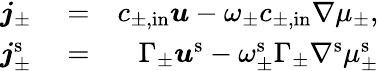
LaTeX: \begin{array}{rlr}{\boldsymbol{j}_{\pm}}&{{}=}&{c_{\pm,\mathrm{in}}\boldsymbol{u}-\omega_{\pm}c_{\pm,\mathrm{in}}\nabla\mu_{\pm},}\\ {\boldsymbol{j}_{\pm}^{\mathrm{s}}}&{{}=}&{\Gamma_{\pm}\boldsymbol{u}^{\mathrm{s}}-\omega_{\pm}^{\mathrm{s}}\Gamma_{\pm}\nabla^{\mathrm{s}}\mu_{\pm}^{\mathrm{s}}}\end{array}